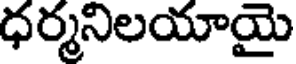
ధర్మనిలయాయై